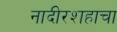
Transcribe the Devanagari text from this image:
नादीरशहाचा